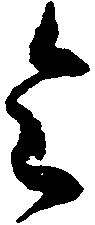
令